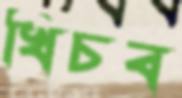
খিচব